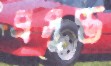
প্রসুপ্ত